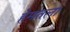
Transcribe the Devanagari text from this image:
हेमतला